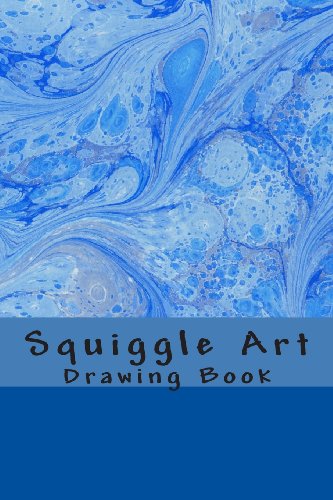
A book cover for Squiggle Art Drawing Book; J. E. Martin; Arts & Photography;